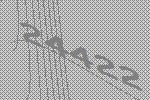
24422